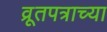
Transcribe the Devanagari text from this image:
व्रूतपत्राच्या